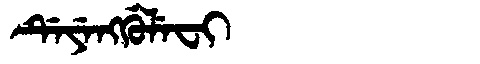
Manchu: ᡩᡝᠶᡝᠩᡤᡠᠯᡝᠸᡳ
Romanization: DEYENGGULEFI